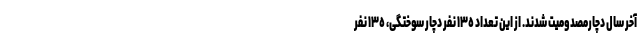
آخر سال دچارمصدومیت شدند. از این تعداد ١٣٥ نفر دچار سوختگى، ١٣٥ نفر